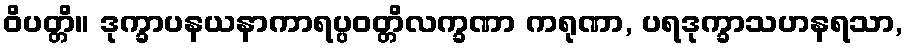
ဝိပတ္တိ။ ဒုက္ခာပနယနာကာရပ္ပဝတ္တိလက္ခဏာ ကရုဏာ, ပရဒုက္ခာသဟနရသာ,